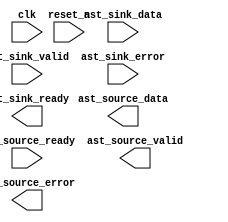
module matchfilter (
	clk,
	reset_n,
	ast_sink_data,
	ast_sink_valid,
	ast_source_ready,
	ast_sink_error,
	ast_source_data,
	ast_sink_ready,
	ast_source_valid,
	ast_source_error);

	input		clk;
	input		reset_n;
	input	[14:0]	ast_sink_data;
	input		ast_sink_valid;
	input		ast_source_ready;
	input	[1:0]	ast_sink_error;
	output	[29:0]	ast_source_data;
	output		ast_sink_ready;
	output		ast_source_valid;
	output	[1:0]	ast_source_error;
endmodule